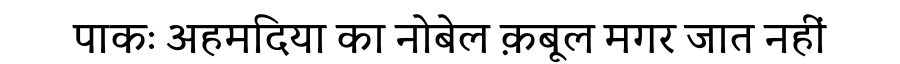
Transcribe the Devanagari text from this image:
पाकः अहमदिया का नोबेल क़बूल मगर जात नहीं